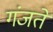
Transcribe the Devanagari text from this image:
गंजते